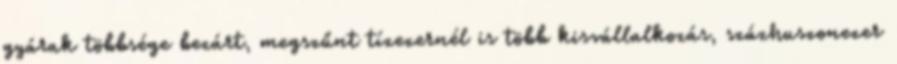
gyárak többsége bezárt, megszűnt tízezernél is több kisvállalkozás, százhuszonezer